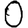
Digit: 0